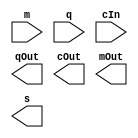

module MultiplierFirstRow (
    input  [1:0] m,
    input  [1:0] q,
    input        cIn,
    
    output [1:0] qOut,
    output       cOut,
    output       mOut,
    output       s
);


endmodule